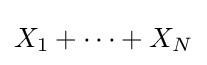
X_{1}+\cdots +X_{N}